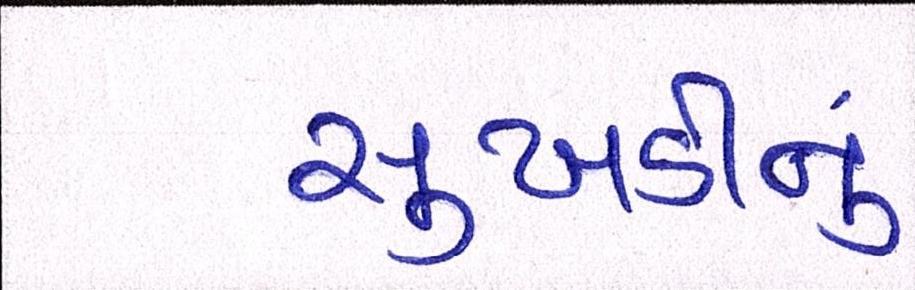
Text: સુખડીનું